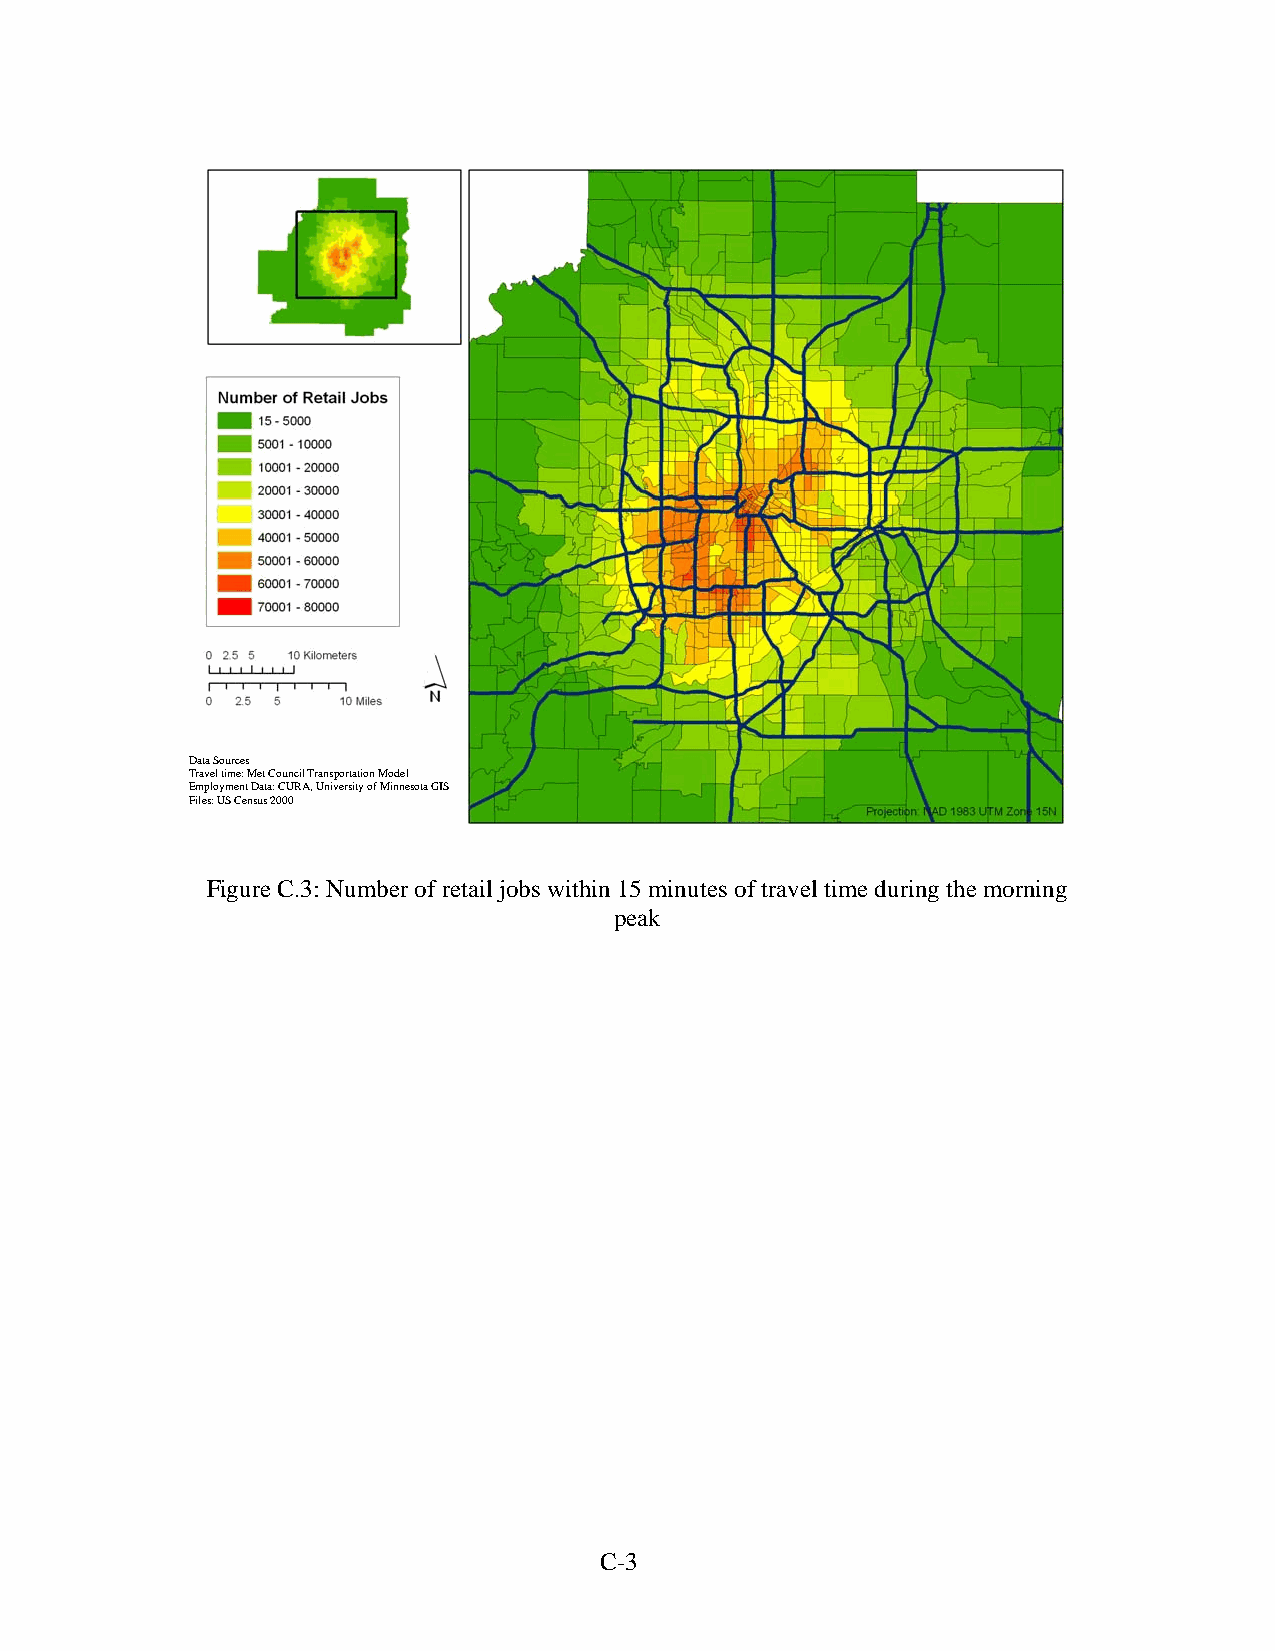
Data Sources
 Travel time: Met Council Transportation Model
 Employment Data: CURA, University of Minnesota GIS
 Files: US Census 2000
 Figure C.3: Number of retail jobs within 15 minutes of travel time during the morning
 peak
 C-3